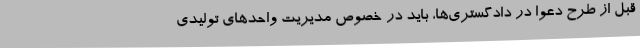
قبل از طرح دعوا در دادگستری‌ها، باید در خصوص مدیریت واحدهای تولیدی